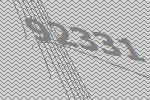
92331